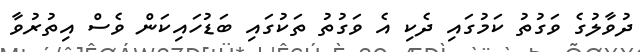
ދުވާލުގެ ވަގުތު ކަމުގައި ދެކި އެ ވަގުތު ތަކުގައި ބަޑުހައިކަން ވެސް އިތުރުވާ